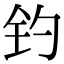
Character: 钓